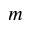
\boldsymbol { m }